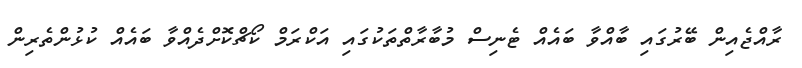
ރާއްޖެއިން ބޭރުގައި ބާއްވާ ބައެއް ޓެނިސް މުބާރާތްތަކުގައި އަކްރަމް ކޯޗްކޮށްދެއްވާ ބައެއް ކުޅުންތެރިން